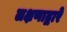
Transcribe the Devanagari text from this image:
लक्षणाद्वारे